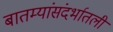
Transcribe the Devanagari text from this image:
बातम्यांसंदर्भातली